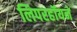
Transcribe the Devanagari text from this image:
लिपरहॉयने